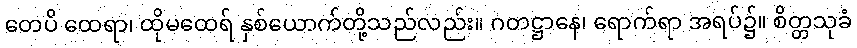
တေပိ ထေရာ၊ ထိုမထေရ် နှစ်ယောက်တို့သည်လည်း။ ဂတဋ္ဌာနေ၊ ရောက်ရာ အရပ်၌။ စိတ္တသုခံ